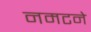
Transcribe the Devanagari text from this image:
नमटने